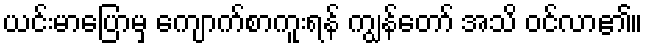
ယင်းမာပြောမှ ကျောက်စာကူးရန် ကျွန်တော် အသိ ဝင်လာ၏။